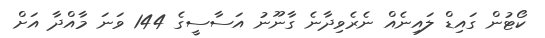
ކޯޓުން ގައިޑް ލައިނެއް ނެރެވިދާނެ ގާނޫނު އަސާސީގެ 144 ވަނަ މާއްދާ އަށް